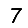
Digit: 7